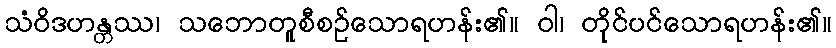
သံဝိဒဟန္တဿ၊ သဘောတူစီစဉ်သောရဟန်း၏။ ဝါ၊ တိုင်ပင်သောရဟန်း၏။